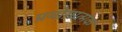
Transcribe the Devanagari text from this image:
प्रयोग़ात्मक